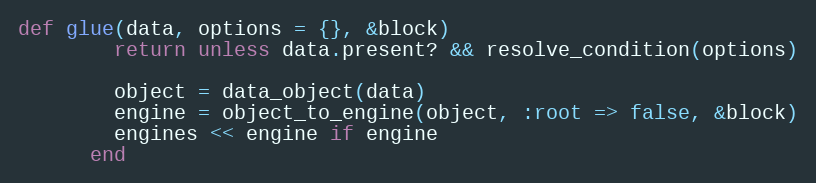
Language: Ruby
def glue(data, options = {}, &block)
        return unless data.present? && resolve_condition(options)

        object = data_object(data)
        engine = object_to_engine(object, :root => false, &block)
        engines << engine if engine
      end